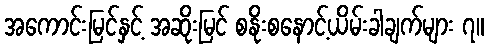
အကောင်းမြင်နှင့် အဆိုးမြင် စနိုးစနောင့်ယိမ်းခါချက်များ ၇။